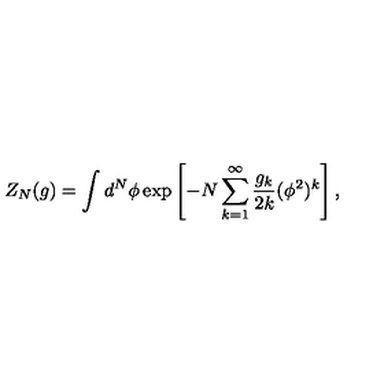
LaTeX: Z _ { N } ( g ) = \int d ^ { N } \phi \exp \left[ - N \sum _ { k = 1 } ^ { \infty } \frac { g _ { k } } { 2 k } ( \phi ^ { 2 } ) ^ { k } \right] ,